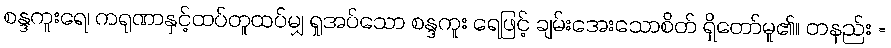
စန္ဒကူးရေ၊ ကရုဏာနှင့်ထပ်တူထပ်မျှ ရှုအပ်သော စန္ဒကူး ရေဖြင့် ချမ်းအေးသောစိတ် ရှိတော်မူ၏။ တနည်း =